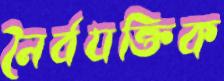
নৈর্বযক্তিক